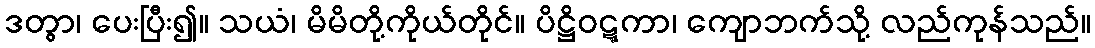
ဒတွာ၊ ပေးပြီး၍။ သယံ၊ မိမိတို့ကိုယ်တိုင်။ ပိဋ္ဌိဝဋ္ဋကာ၊ ကျောဘက်သို့ လည်ကုန်သည်။